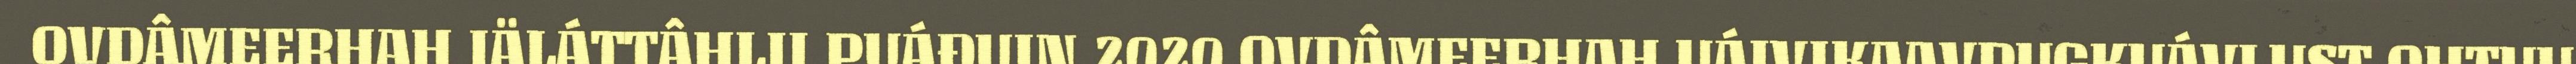
OVDÂMEERHAH IÄLÁTTÂHLII PUÁĐUIN 2020 OVDÂMEERHAH UÁIVIKAAVPUGKUÁVLUST OHTUU